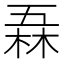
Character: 𠄻